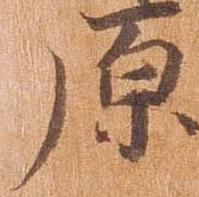
原